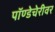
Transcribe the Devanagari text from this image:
पॉण्डेचेरीवर